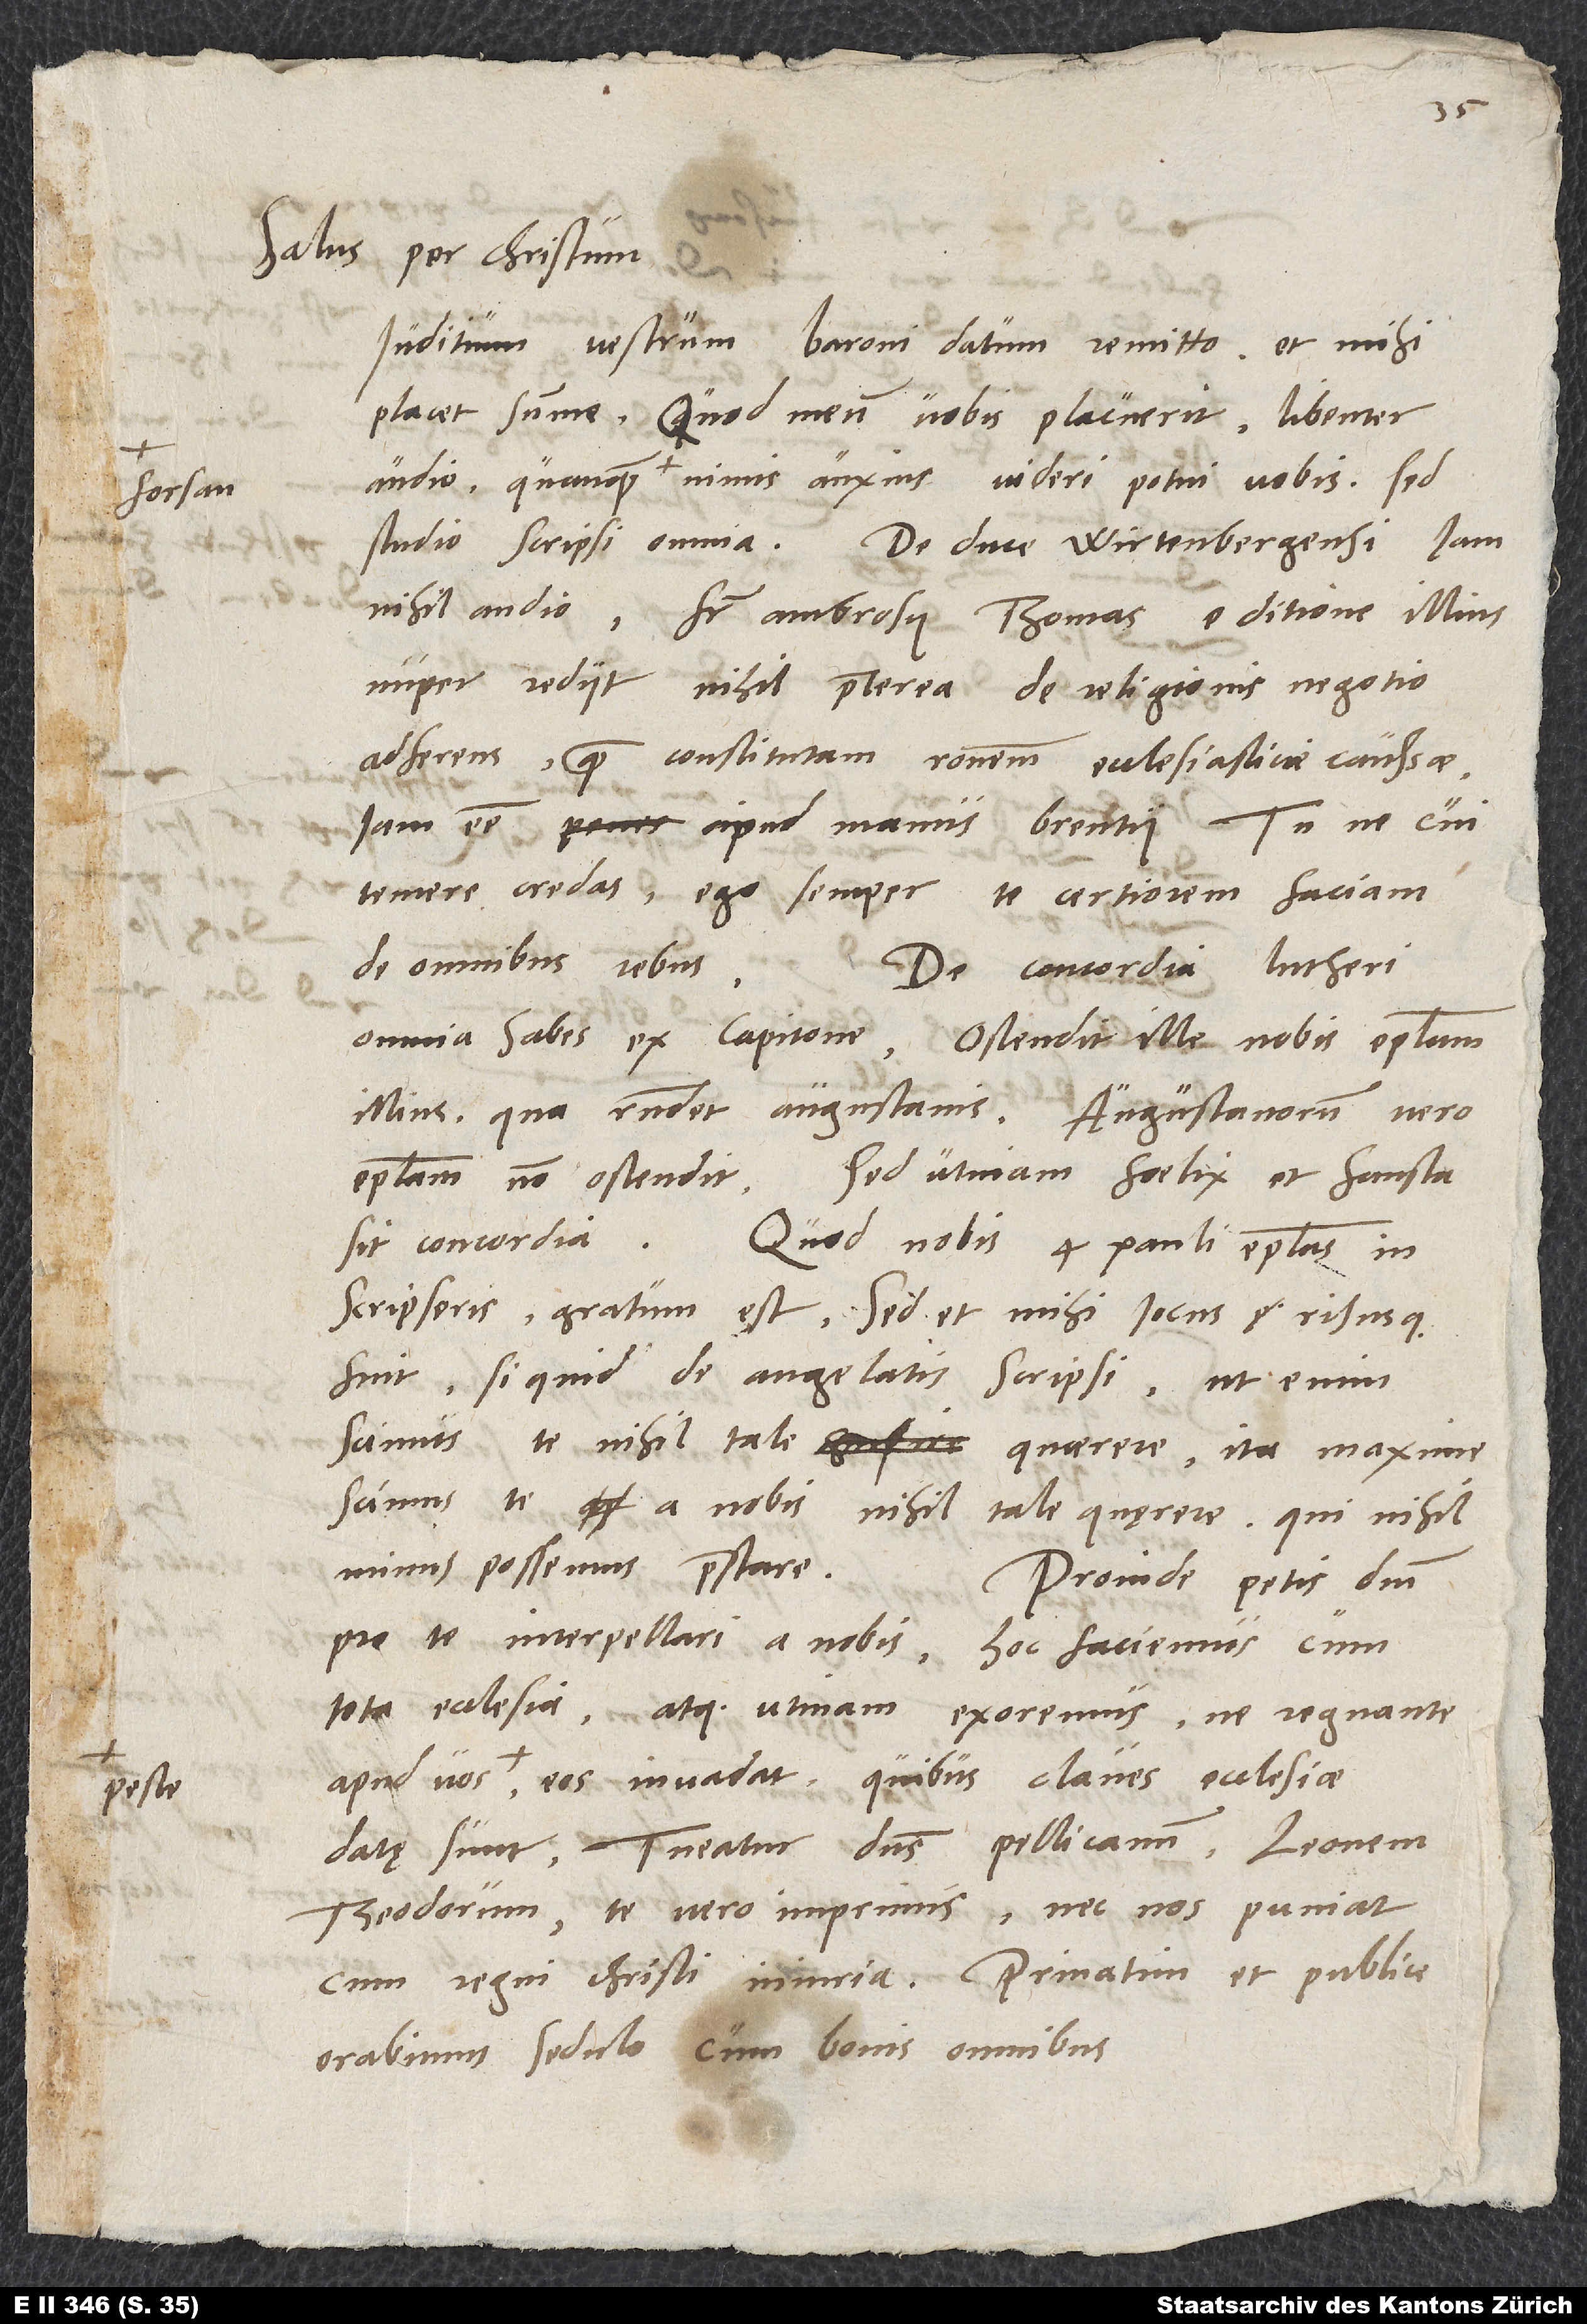
forsan

Salus per Christum.
Iuditium vestrum baroni datum remitto; et mihi
placet summe. Quod meum vobis placuerit, libenter
audio, quanquam forsan nimis anxius videri potui vobis. Sed
De duce Wirtenbergensi iam
studio scripsi omnia.
nihil audio. Frater Ambrosii, Thomas, e ditione illius
nuper rediit nihil praeterea de religionis negotio
adferens, quam constitutam rationem ecclesiasticae caussae
iam esse apud manus Brentii. Tu ne cui
temere credas, ego semper te certiorem faciam
de omnibus rebus.
De concordia Lutheri
omnia habes ex Capitone. Ostendit ille nobis epistolam
illius, qua respondet Augustanis. Augustanorum vero
epistolam non ostendit. Sed utinam foelix et fausta
inscripseris, gratum est, sed et mihi iocus risusque
fuit, si quid de angelatis scripsi; ut enim
scimus te nihil tale quaerere ita maxime
scimus te a nobis nihil tale quaerere, qui nihil
minus possemus praestare.
Proinde petis dominum
pro te interpellari a nobis. Hoc faciemus cum
tota ecclesia, atque utinam exoremus, ne regnante
apud vos peste eos invadat, quibus claves ecclesiae
datę sunt. Tueatur dominus Pellicanum, Leonem,
Theodorum, te vero imprimis, nec nos puniat
cum regni Christi iniuria. Privatim et publice
orabimus sedulo cum bonis omnibus.